Civil Veterinary Department Bihar & Orissa reports 1922-29 - 1922-1929
Year: 1922
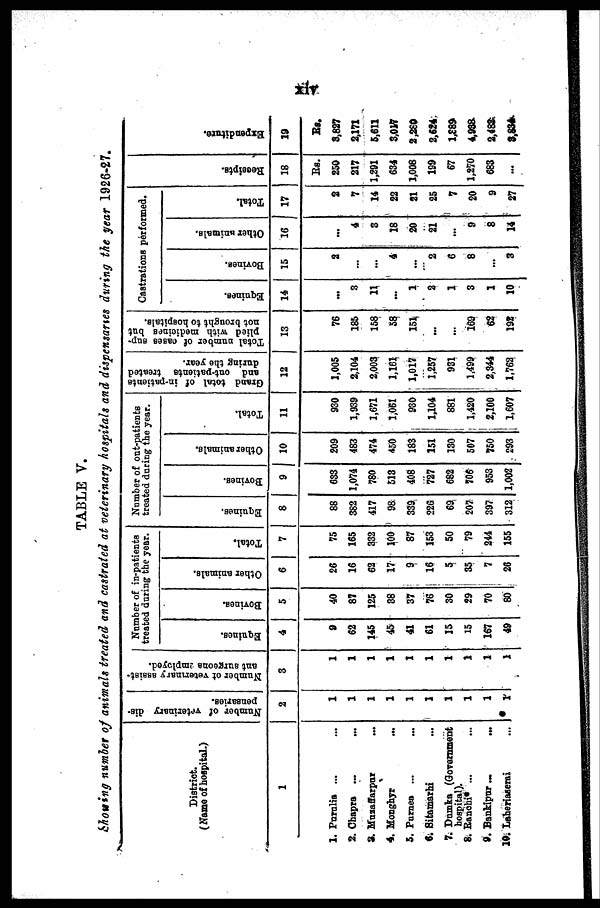
TABLE V.
Moving number oj animals treated and castrated at veterinary hospitals and dispensaries during the year 1926-27.
District.
( Name of hospital.)
1
1. Purulia ... ...
2. Chapra ... ...
3. Muaaffarpar ...
4. Monghyr ...
5. Purnea ... ...
6. Sitamarhi ...
7. Dumka (Government
hospital).
8. Banobi* ... ...
9. Bankipur
...
...
19. Laheriaserai ...
Number of veterinary dis-
penearies.
2
1
1
1
1
1
1
1
1
1
1
Number ot veterinary assist-
ant surgeons jmployod.
3
1
1
1
1
1
1
1
1
1
1
Number of in-patients
treated during the year.
Equines.
4
9
62
145
45
41
61
15
15
167
49
Bovines.
5
40
87
125
S8
37
76
30
29
70
80
Other arimals.
6
26
16
62
17
9
16
5
35
7
26
Total.
7
75
165
332
100
87
153
50
79
244
155
Number of out-patients
troated during the year.
Equines.
8
88
382
417
98
339
226
69
207
397
312
Bovines.
9
633
1,074
780
513
408
727
682
706
953
1,002
Other animals.
10
209
483
474
*50
183
151
130
507
750
293
Total.
11
930
1,939
1,671
1,061
930
1,104
881
1,420
2,100
1,607
Grand total of in-patients
and ont-pationte treated
during the year.
12
1,005
2,104
2,003
1,161
1,017
1,257
931
1,499
2,344
1,762
Total number of oases sup-
plied with medicines but
not brought to hospitals.
13
76
185
158
58
151
...
169
62
192
Castrations performed.
Equi nes .
14
...
3
11
...
1
2
1
3
1
10
Bovi nes .
15
2
...
...
4
...
2
6
8
...
3
Ot her animals.
16
...
4
3
18
20
21
9
8
14
Tot al .
17
2
7
14
22
21
25
7
20
9
27
Receipts.
18
Rs.
250
217
1,291
634
1,008
199
67
1,270
683
...
Expenditure.
19
Rs.
3,827
2,171
5,611
3,017
2,280
2,624
1,889
4,938
2,483
3,834